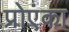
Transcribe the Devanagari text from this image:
प्रोएंका